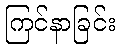
ကြင်နာခြင်း